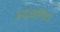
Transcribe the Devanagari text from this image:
अदजानिया